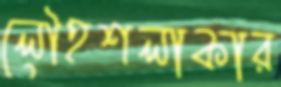
লৌহশলাকার